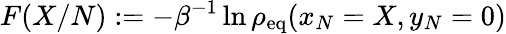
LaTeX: F(X/N):=-\beta^{-1}\ln\rho_{\mathrm{eq}}(x_{N}=X,y_{N}=0)